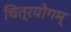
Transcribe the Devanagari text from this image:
चित्रयोगम्